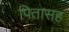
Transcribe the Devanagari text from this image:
पितासह